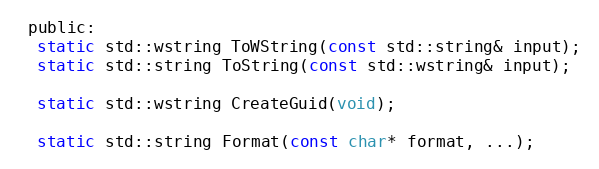
Language: C
 public:
  static std::wstring ToWString(const std::string& input);
  static std::string ToString(const std::wstring& input);

  static std::wstring CreateGuid(void);

  static std::string Format(const char* format, ...);